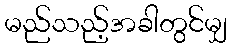
မည်သည့်အခါတွင်မျှ